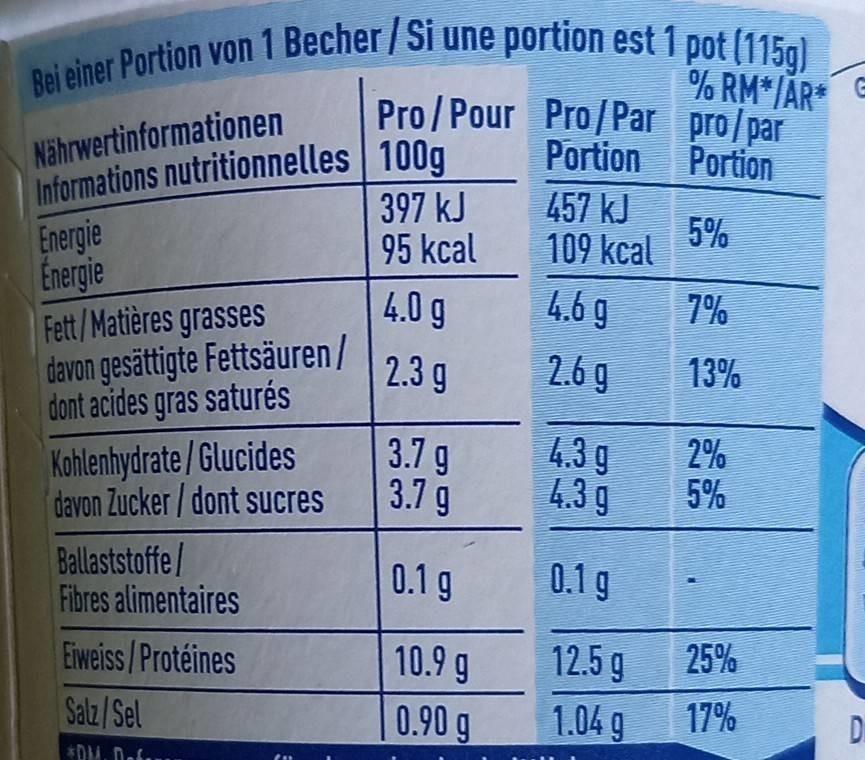
Bei einer Portion von 1 Becher/Si une portion est 1 pot (115g)
% RM*/AR* Pro/Pour Pro/Par pro/par Portion Portion
Nährwertinformationen Informations nutritionnelles 100g Energie Energie Fett/Matières grasses davon gesättigte Fettsäuren/ dont acides gras saturés
397 kJ 95 kcal
457 kJ 5% 109 kcal
4.0 g
4,6 g
7%
2.3 g
2.6 g
13%
Kohlenhydrate/Glucides davon Zucker/dont sucres
3.7 g 3.7 g
4.3 g 4.3 g
2% 5%
Ballaststoffe/ Fibres alimentaires
0.1 g
0.1 g
Eweiss/Protéines
10.9 g
12.5 g
25%
Salz/Sel
0.90 g
1.04 g
17%
Di
*DM. Def..